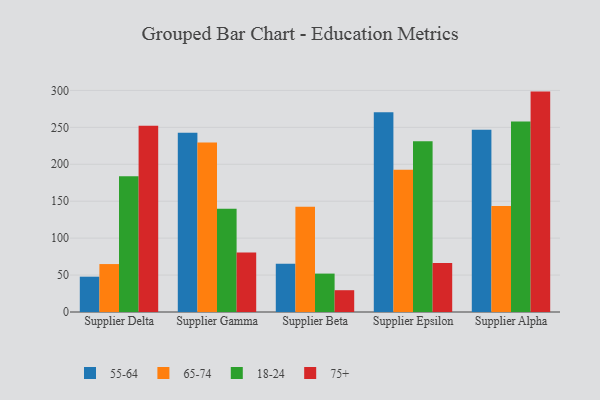
{"axis": {"x": "Supplier", "y": "Tickets Resolved"}, "legend": ["18-24", "55-64", "65-74", "75+"], "data": [{"x": "Supplier Delta", "y": 47.8, "type": "55-64"}, {"x": "Supplier Delta", "y": 64.9, "type": "65-74"}, {"x": "Supplier Delta", "y": 183.9, "type": "18-24"}, {"x": "Supplier Delta", "y": 252.3, "type": "75+"}, {"x": "Supplier Gamma", "y": 242.7, "type": "55-64"}, {"x": "Supplier Gamma", "y": 229.4, "type": "65-74"}, {"x": "Supplier Gamma", "y": 139.9, "type": "18-24"}, {"x": "Supplier Gamma", "y": 80.6, "type": "75+"}, {"x": "Supplier Beta", "y": 65.2, "type": "55-64"}, {"x": "Supplier Beta", "y": 142.4, "type": "65-74"}, {"x": "Supplier Beta", "y": 52.0, "type": "18-24"}, {"x": "Supplier Beta", "y": 29.5, "type": "75+"}, {"x": "Supplier Epsilon", "y": 270.3, "type": "55-64"}, {"x": "Supplier Epsilon", "y": 192.5, "type": "65-74"}, {"x": "Supplier Epsilon", "y": 231.3, "type": "18-24"}, {"x": "Supplier Epsilon", "y": 66.4, "type": "75+"}, {"x": "Supplier Alpha", "y": 246.8, "type": "55-64"}, {"x": "Supplier Alpha", "y": 143.6, "type": "65-74"}, {"x": "Supplier Alpha", "y": 257.9, "type": "18-24"}, {"x": "Supplier Alpha", "y": 298.4, "type": "75+"}]}